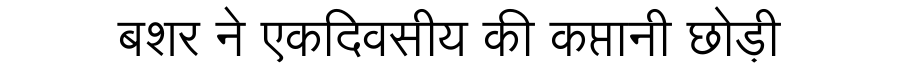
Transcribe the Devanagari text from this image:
बशर ने एकदिवसीय की कप्तानी छोड़ी